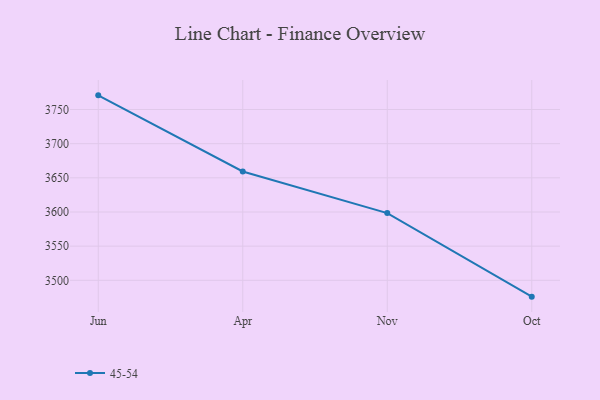
{"axis": {"x": "Month", "y": "Net Income (USD K)"}, "legend": ["45-54"], "data": [{"x": "Jun", "y": 3770.7, "type": "45-54"}, {"x": "Apr", "y": 3659.3, "type": "45-54"}, {"x": "Nov", "y": 3598.4, "type": "45-54"}, {"x": "Oct", "y": 3476.1, "type": "45-54"}]}